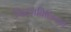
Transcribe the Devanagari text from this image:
फिट्जविलियम